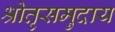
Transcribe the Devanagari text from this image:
श्रोतृसमुदाय